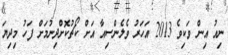
ނިއު އިން ވަކިވެ 2013 އަހަރު ވެލެންސިއާ އަށް ކޯޗުކޮށްދިނުމަށް ފަހު މިދިޔަ